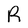
Character: R